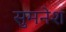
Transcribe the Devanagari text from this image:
सुमनेश